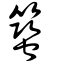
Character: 𥳎